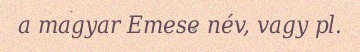
a magyar Emese név, vagy pl.